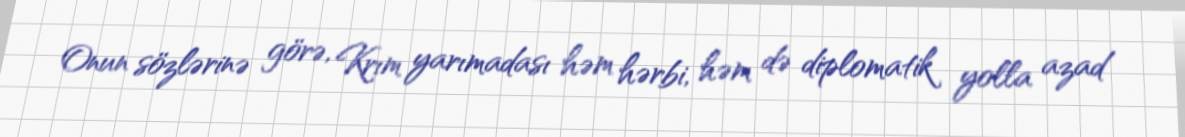
Onun sözlərinə görə, Krım yarımadası həm hərbi, həm də diplomatik yolla azad